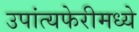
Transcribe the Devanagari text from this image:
उपांत्यफेरीमध्ये